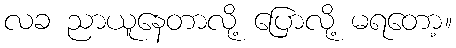
လခ ညာယူနေတာလို့ ပြောလို့ မရတော့။